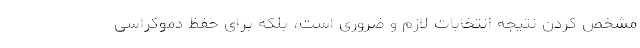
مشخص کردن نتیجه انتخابات لازم و ضروری است، بلکه برای حفظ دموکراسی